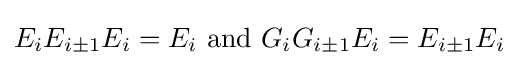
E_{i}E_{i\pm 1}E_{i}=E_{i}{\text{ and }}G_{i}G_{i\pm 1}E_{i}=E_{i\pm 1}E_{i}